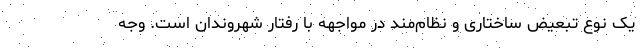
یک نوع تبعیض ساختاری و نظام‌مند در مواجهه با رفتار شهروندان است. وجه